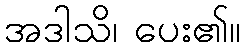
အဒါသိ၊ ပေး၏။